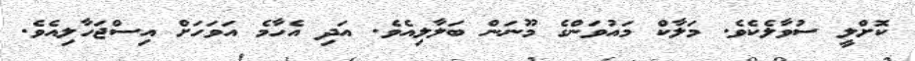
ކޮށްލީ ސުވާލެކެވެ. މަލާކް މައުވަންގެ މޫނަން ބަލާލިއެވެ. އަދި އެހާމެ އަވަހަށް އިސްޖަހާލިއެވެ.